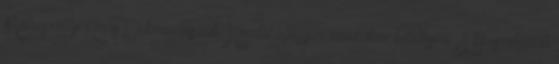
Mátraszőlősi Közös Önkormányzati Hivatal aljegyző munkakör betöltésére. A közszolgálati